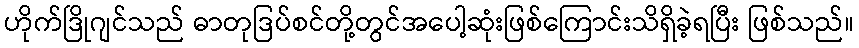
ဟိုက်ဒြိုဂျင်သည် ဓာတုဒြပ်စင်တို့တွင်အပေါ့ဆုံးဖြစ်ကြောင်းသိရှိခဲ့ရပြီး ဖြစ်သည်။